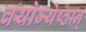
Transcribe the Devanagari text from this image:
वयोज्येष्ठान्‌